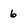
Character: 6